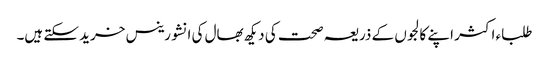
طلباء اکثر اپنے کالجوں کے ذریعہ صحت کی دیکھ بھال کی انشورینس خرید سکتے ہیں۔